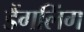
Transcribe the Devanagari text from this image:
डैंगलिंग